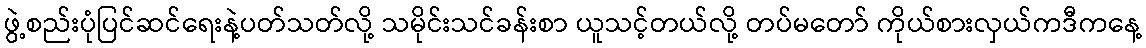
ဖွဲ့စည်းပုံပြင်ဆင်ရေးနဲ့ပတ်သတ်လို့ သမိုင်းသင်ခန်းစာ ယူသင့်တယ်လို့ တပ်မတော် ကိုယ်စားလှယ်ကဒီကနေ့